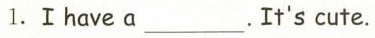
1.I have a ___. It's cute.